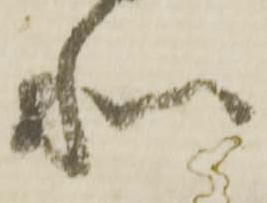
和